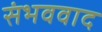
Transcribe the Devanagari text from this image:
संभववाद